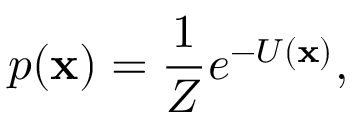
p ( \mathbf { x } ) = \frac { 1 } { Z } e ^ { - U ( \mathbf { x } ) } ,